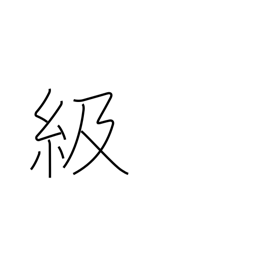
Meaning: rank